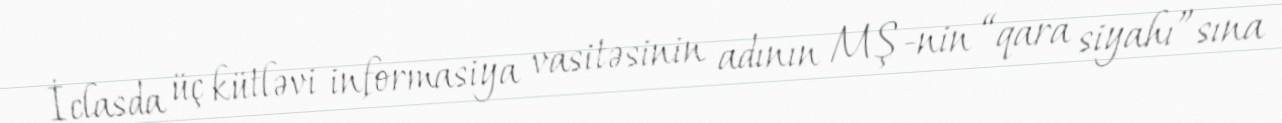
İclasda üç kütləvi informasiya vasitəsinin adının MŞ-nin “qara siyahı”sına